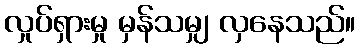
လှုပ်ရှားမှု မှန်သမျှ လှနေသည်။